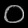
Digit: ၀